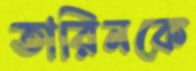
তারিনকে